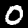
Label: 0